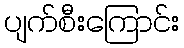
ပျက်စီးကြောင်း